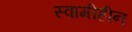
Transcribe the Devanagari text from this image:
स्वामीहीन